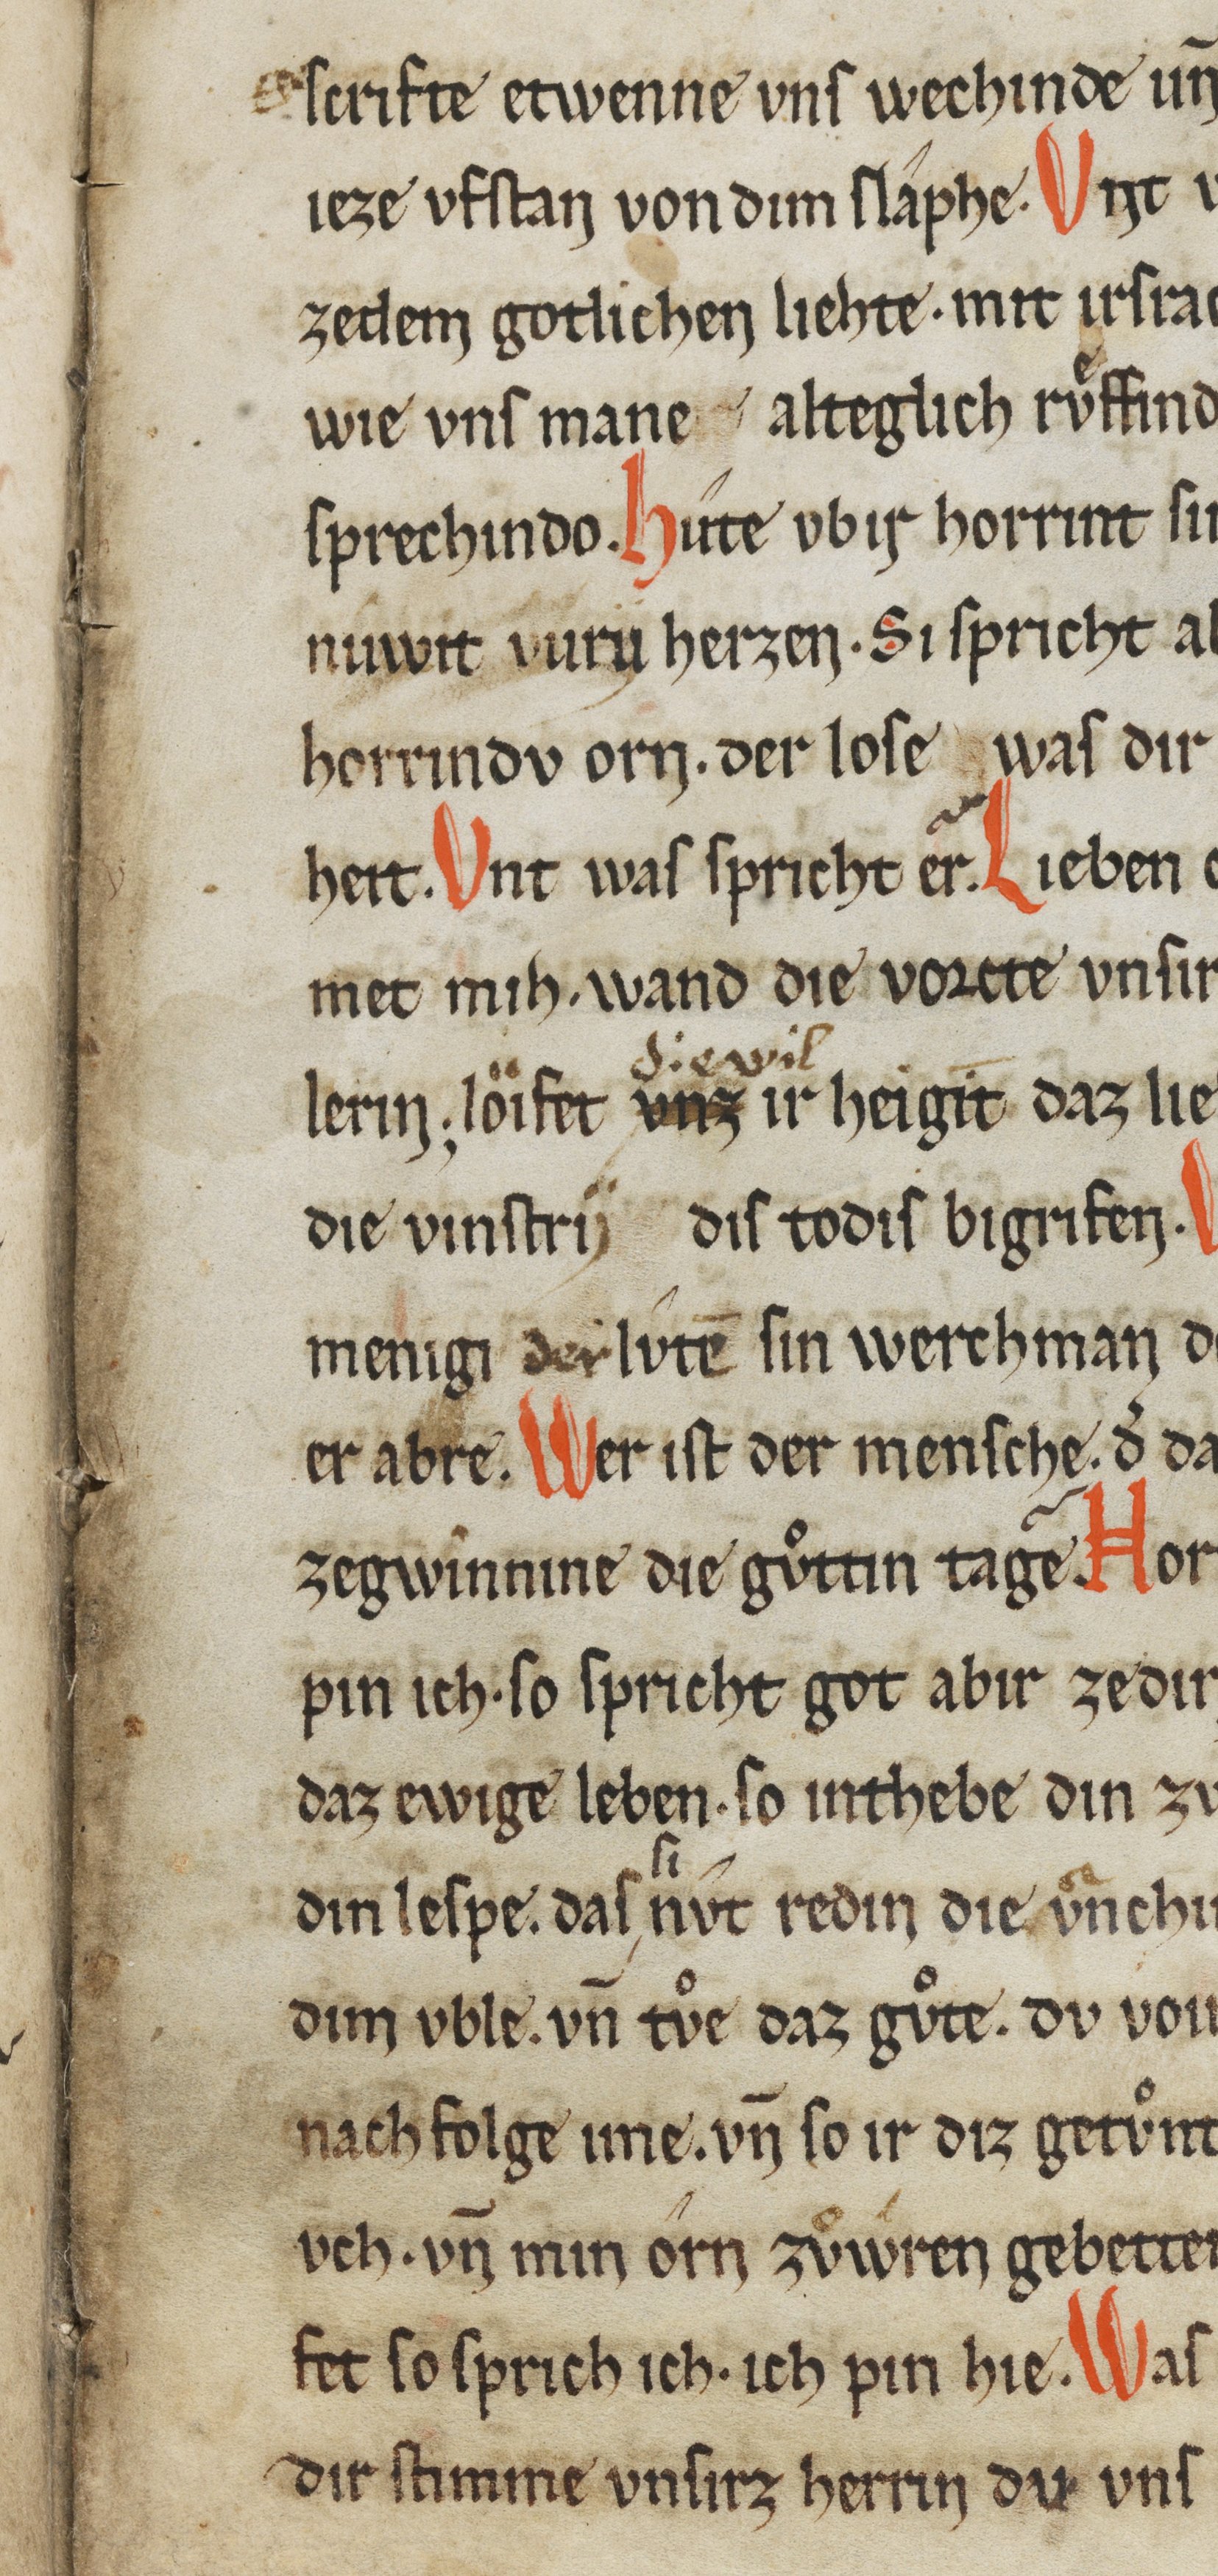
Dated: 1200–1299